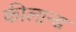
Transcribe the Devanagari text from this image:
कीलान्ड